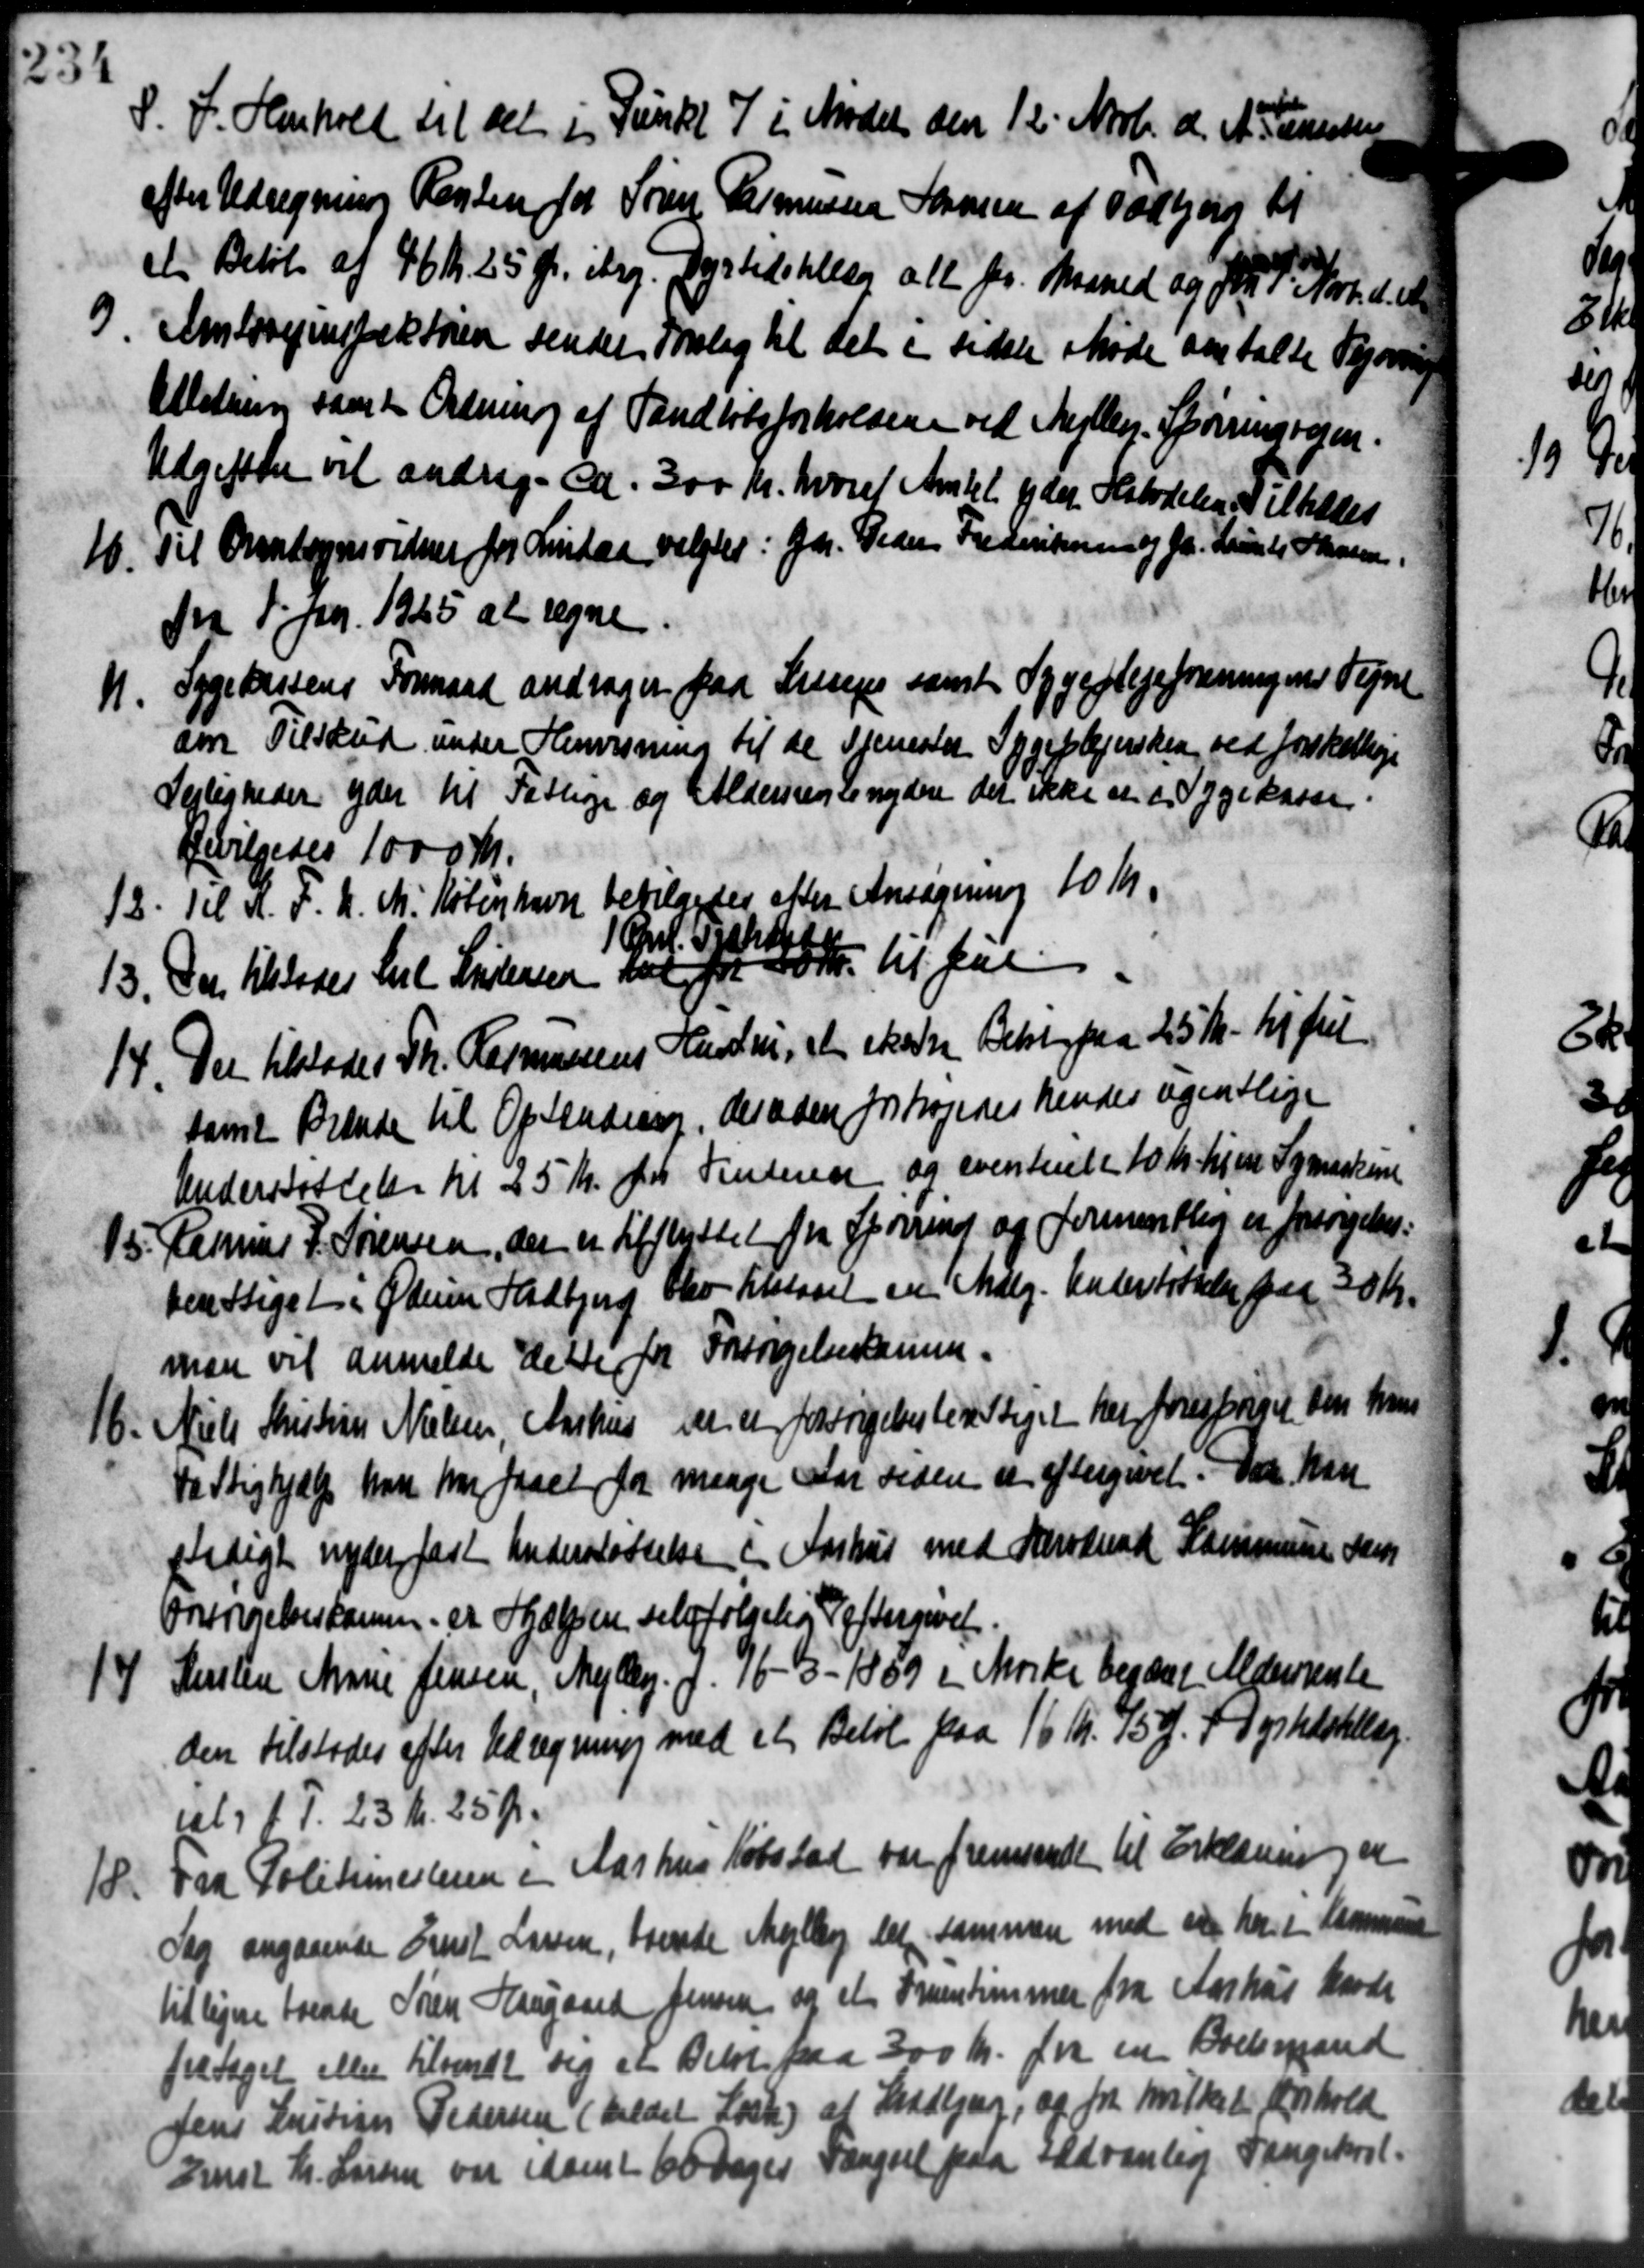
Transskription:
S. F. Henhold til det i Punkt 7 i Mødet den 12' Novbr. d. A. Turisten
efter Udregning Renten for Søren Rasmussen Sørensen af Todbjerg til
et Beløb af 46 Kr. 25 Øre itag. Dyrtidstiller alle pr. Maaned og fra 1. Norr. d. A
3. Amtsvejinspektøren sender Forslag til det i sidste Møde anstalte Vejsving
3. Amtsvejinspektøren sender Forslag til det i sidste Møde anstalte Vejsving
Alletning samt Ordning af Vandløbsforholdene ved Meller. Spørringvejen.
Udgifter vil andrag - ca. 300 Kr. hvoraf Amtet yder Halvdelen Tillades
16. Til Ovensognsvidner for Lindaa valgtes: Gdr. Peder Frederiksen og pr. Kunsts Skolen.
16. Til Ovensognsvidner for Lindaa valgtes: Gdr. Peder Frederiksen og pr. Kunsts Skolen.
fra 1' Jan. 1925 at regne
Sygekassens Formand andrager paa Singen samt Sygeplejeforeningens Vegne
11.
om Tilskud under Henvisning til de Tjenester Sygeplejersken ved forskellige
Lejligheder yder til Fattige og Aldersrentenydere der ikke er i Sygekassen
Bevilgedes 1000 Kr.
12. Til A. F. U. M. København bevilgedes efter Ansøgning 10 Kr.
12. Til A. F. U. M. København bevilgedes efter Ansøgning 10 Kr.
1 Opl. Fisk
13. De tilstodes til Andersen var for 40 Kr. til paa
13. De tilstodes til Andersen var for 40 Kr. til paa
14. Der tilstodes Th. Rasmussens Hustru, at skulde Betaling paa 25 Kr. til fri
14. Der tilstodes Th. Rasmussens Hustru, at skulde Betaling paa 25 Kr. til fri
samt Brænde til Optænding, desuden forhøjedes hendes ugentlige
Understøttelse Kl 25 Kr. fra Vinteren og eventuelt 10 Kr hjere Symaskine
15. Rasmus J. Sørensen, der er tilflyttet fra Spørring og formentlig er forsørgelse:
15. Rasmus J. Sørensen, der er tilflyttet fra Spørring og formentlig er forsørgelse:
berettiget i Ødum Hadbjerg Elev tilstaaet en Mdlg. Understøttelse paa 30 Kr.
man vil anmelde dette for Forsørgelsesamme.
16. Niels Kristine Nielsen Aarhus men er forsørgelsesberettiget her forespørgel den han
16. Niels Kristine Nielsen Aarhus men er forsørgelsesberettiget her forespørgel den han
Fattighjælp har har faaet for mange Aar siden er eftergivet. Der kan
sdigt nyder fast Understøttelse i Aarhus med Lærerende Kommunens Samt
Forsørgelseskommer Hjælpen selvfølgelig eftergivet.
14
Kersten Marie Jensen, Mejlby d. 7/6 - 3 -1889 i Mørke begære Aldersrente
den tilstodes efter Udregning med et Beløb paa 16 Kr. 15 Ø. + Dyrtidstillæg.
ialg 1 d. 23 Kr. 25 Ør.
Fad Politimesteren i Aarhus Købstad var fremsendt til Erklæring er
18.
Sag angaaende Grust Larsen, boende Mejlby del sammen med en har i Kommune
tidligere boende Søren Haugaard Jensen og et Forentimmer fra Aarhus havde
fritaget eller tilsendt sig et Beløb paa 300 Kr. fra en Boelsmand
Jens Kristian Pedersen (kaldet Loske) af Stadbjerg, og fra hvilket Forhold
Ernst Kr. Larsen var samt 60 Dages Fængsel paa Udvanlig Fengekre